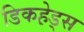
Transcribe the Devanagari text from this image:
डिकहे़ड्स